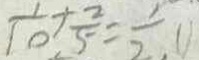
\frac { 1 } { 1 0 } + \frac { 2 } { 5 } = \frac { 1 } { 2 . }